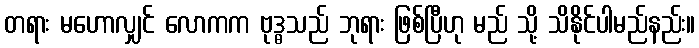
တရား မဟောလျှင် လောကက ဗုဒ္ဓသည် ဘုရား ဖြစ်ပြီဟု မည် သို့ သိနိုင်ပါမည်နည်း။